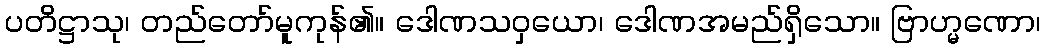
ပတိဋ္ဌာသု၊ တည်တော်မူကုန်၏။ ဒေါဏသဝှယော၊ ဒေါဏအမည်ရှိသော။ ဗြာဟ္မဏော၊